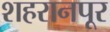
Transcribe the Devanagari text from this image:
शहरानपूर